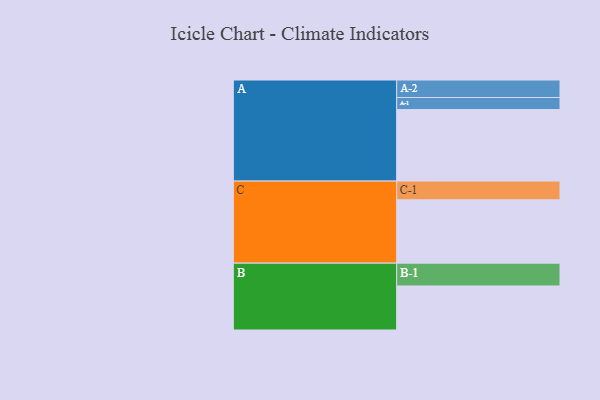
{"axis": {"x": "Segment", "y": "Value"}, "legend": ["", "A", "B", "C"], "data": [{"x": "A", "y": 568, "type": ""}, {"x": "B", "y": 350, "type": ""}, {"x": "C", "y": 503, "type": ""}, {"x": "A-1", "y": 96, "type": "A"}, {"x": "A-2", "y": 139, "type": "A"}, {"x": "B-1", "y": 181, "type": "B"}, {"x": "C-1", "y": 149, "type": "C"}]}